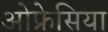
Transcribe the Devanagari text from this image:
ओफ्रेसिया